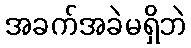
အခက်အခဲမရှိဘဲ